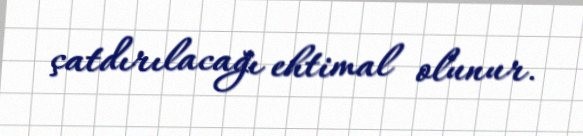
çatdırılacağı ehtimal olunur.